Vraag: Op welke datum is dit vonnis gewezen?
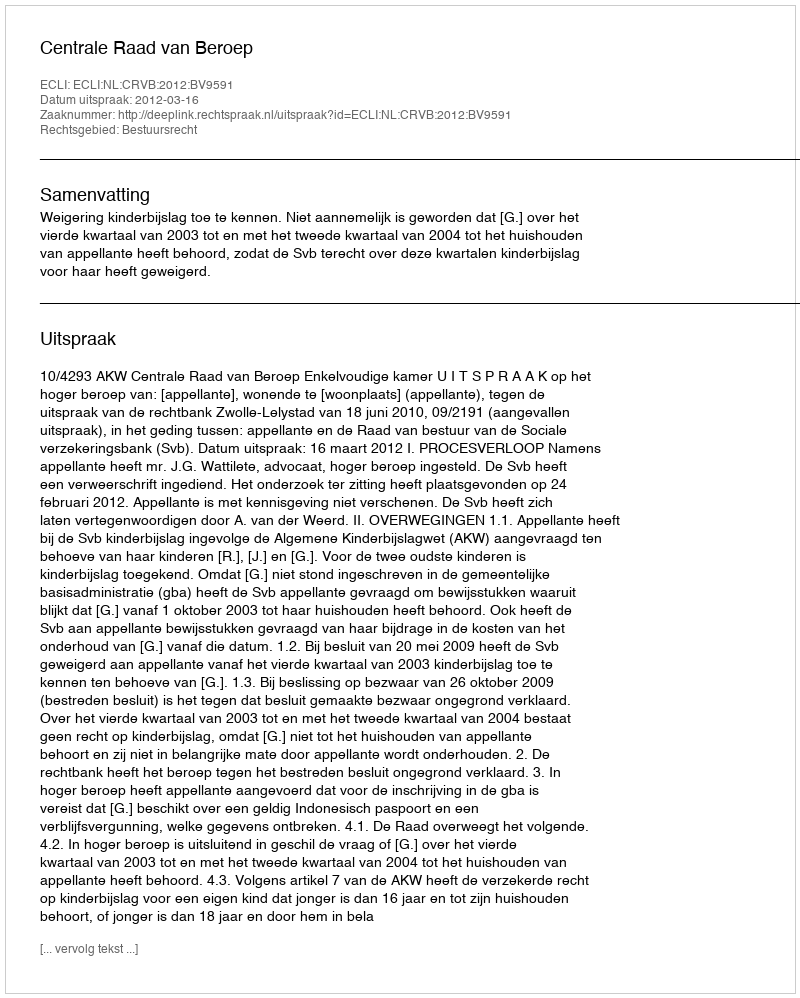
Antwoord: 2012-03-16